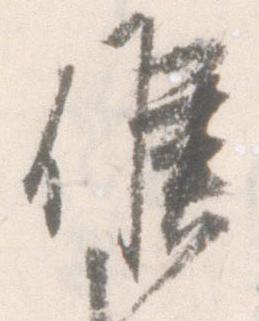
候